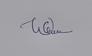
Signature authenticity: genuine